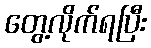
တွေ့လိုက်ရပြီး